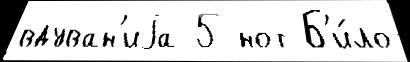
вдуван'иjа 5 нот Б'и́ло